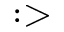
: >